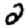
Digit: 2